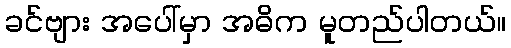
ခင်ဗျား အပေါ်မှာ အဓိက မူတည်ပါတယ်။